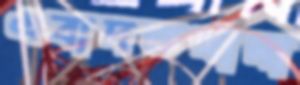
এবাদতখানা